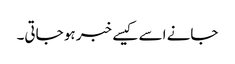
جانے اسے کیسے خبر ہو جاتی۔